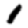
Digit: 1